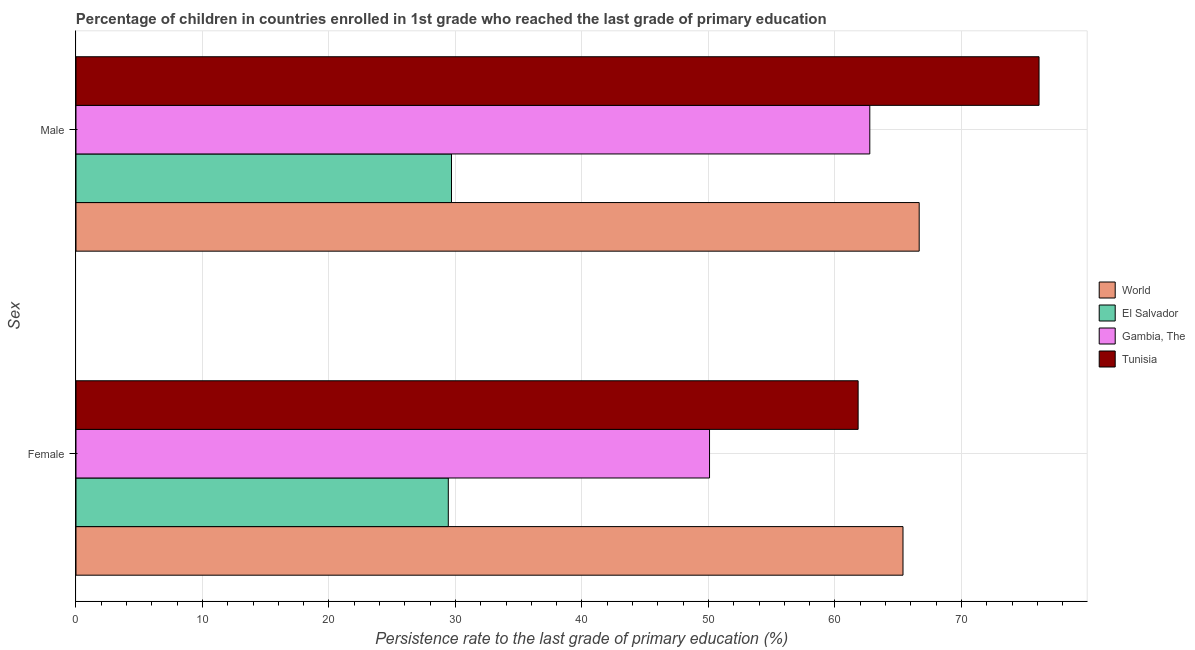
| Sex | World | El Salvador | Gambia, The | Tunisia |
 | --- | --- | --- | --- | --- |
 | Female | 65.4 | 29.4 | 50.1 | 61.8 |
 | Male | 66.7 | 29.7 | 62.8 | 76.1 |